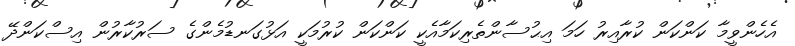
އެހެންވީމާ ކަންކަން ކުރާއިރު ހަމަ އިޙުސާންތެރިކަމާއެކީ ކަންކަން ކުރުމަކީ އަޅުގަނޑުމެންގެ ސަރުކާރުން އިސްކަންދޭ